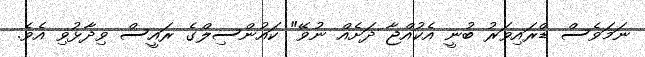
ނަމަވެސް ޑްރައިވަރު ބުނީ އެކުއްޖާ ދަށެއް ނުވޭ" ކައުންސިލްގެ ރައީސް ވިދާޅުވި އެވެ.